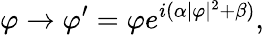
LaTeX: \varphi\rightarrow\varphi^{\prime}=\varphi e^{i(\alpha|\varphi|^{2}+\beta)},